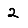
Digit: 2